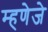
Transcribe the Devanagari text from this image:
म्हणेजे